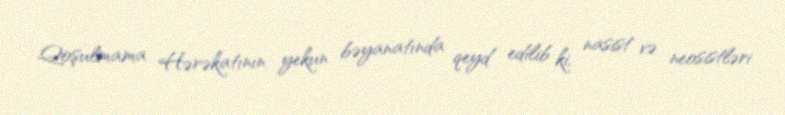
Qoşulmama Hərəkatının yekun bəyanatında qeyd edilib ki, nasist və neosistləri